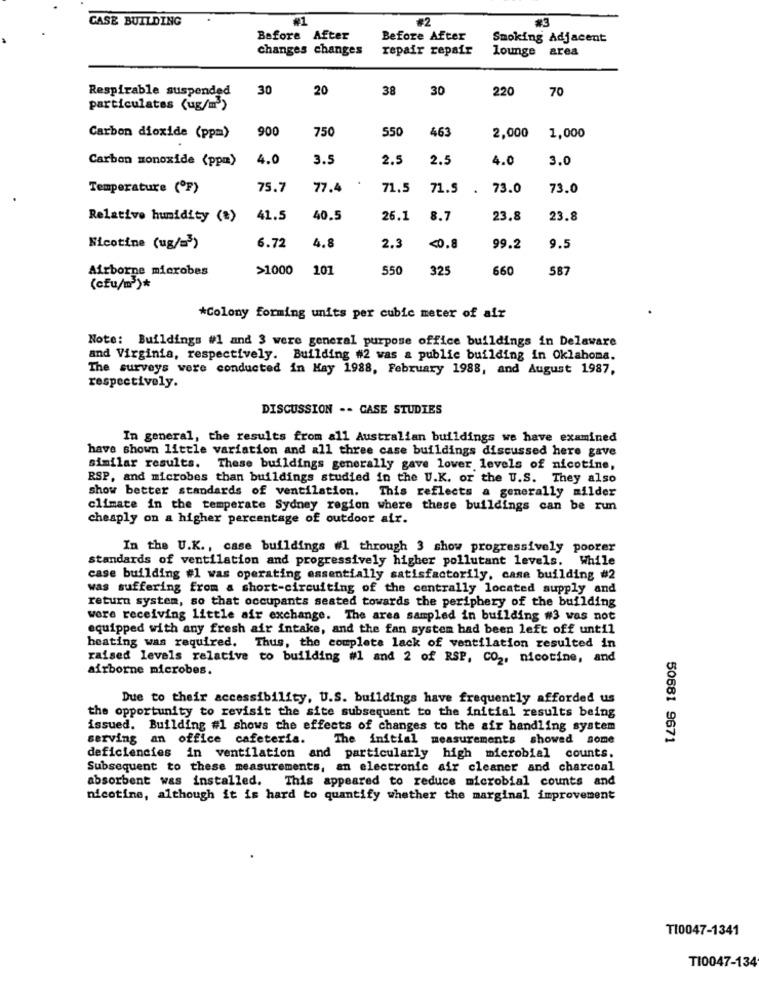
CASE BUILDING
#3
Before After
Before After
Smoking Adjacent
changes changes
repair repair
lounge area
Respirable suspended
30
20
38
30
220 70
particulates (ug/m3)
900
750
550
463
Carbon dioxide (ppm)
2,000
1,000
Carbon monoxide (ppm)
4.0
3.5
2.5
2.5
4.0
3.0
Temperature (ºF)
75.7
77,4
71,5
71.5
73.0
73.0
Relative humidity (#)
41.5
40.5
26.1
8.7
23.8
23.8
6.72
2.
Nicotine (ug/s )
4.8
<0.8
99.2
9.5
Airborne microbes
>1000
101
550
325
660
587
(cfu/m )*
*Colony forming units per cubic meter of air
Note: Buildings #1 and 3 were general purpose office buildings in Delaware
and Virginia, respectively. Building #2 was & public building in Oklahoma.
The surveys were conducted in May 1988, February 1988, and August 1987.
respectively.
DISCUSSION -- CASE STUDIES
In general, the results from all Australian buildings we have examined
have shown little variation and all three case buildings discussed here gave
similar results. These buildings generally gave lower levels of nicotine,
RSP, and microbes than buildings studied in the U.K. or the U.S. They also
show better standards of ventilation.
This reflects a generally milder
climate in the temperate Sydney region where these buildings can be run
cheaply on a higher percentage of outdoor air.
In the U.K ., case buildings #1 through 3 show progressively poorer
standards of ventilation and progressively higher pollutant levels. While
case building #1 was operating essentially satisfactorily, case building #2
was suffering from a short-circuiting of the centrally located supply and
return system, so that occupants seated towards the periphery of the building
were receiving little air exchange. The area sampled in building #3 was not
equipped with any fresh air intake, and the fan system had been left off until
heating was required. Thus, the complete lack of ventilation resulted in
raised levels relative to building #1 and 2 of RSP, CO2, nicotine, and
airborne microbes.
Due to their accessibility, U.S. buildings have frequently afforded us
the opportunity to revisit the site subsequent to the initial results being
issued. Building #1 shows the effects of changes to the air handling system
serving an office cafeteria.'
The initial measurements showed some
50681 9671
deficiencies in ventilation and particularly high microbial counts.
Subsequent to these measurements, an electronic air cleaner and charcoal
absorbent was installed. This appeared to reduce microbial counts and
nicotine, although it is hard to quantify whether the marginal improvement
TI0047-1341
TI0047-134